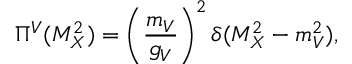
\Pi ^ { V } ( M _ { X } ^ { 2 } ) = \left( \frac { m _ { V } } { g _ { V } } \right) ^ { 2 } \delta ( M _ { X } ^ { 2 } - m _ { V } ^ { 2 } ) ,